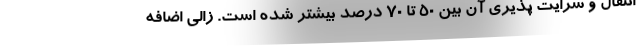
انتقال و سرایت پذیری آن بین ۵۰ تا ۷۰ درصد بیشتر شده است. زالی اضافه